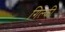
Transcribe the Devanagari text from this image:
गिल्की